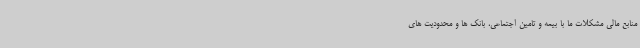
منابع مالی مشکلات ما با بیمه و تامین اجتماعی، بانک ها و محدودیت های